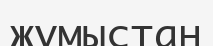
жұмыстан